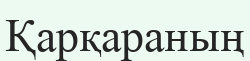
Қарқараның